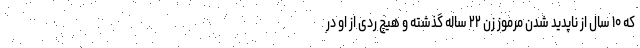
که ۱۰ سال از ناپدید شدن مرموز زن ۲۲ ساله گذشته و هیچ ردی از او در